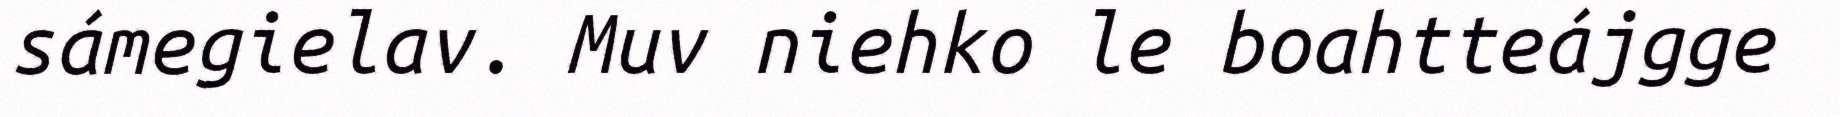
sámegielav. Muv niehko le boahtteájgge